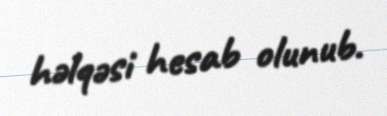
həlqəsi hesab olunub.